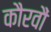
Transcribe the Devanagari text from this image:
कौरवौं